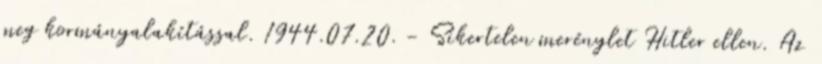
meg kormányalakítással. 1944.07.20. - Sikertelen merénylet Hitler ellen. Az